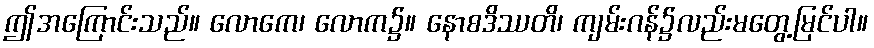
ဤအကြောင်းသည်။ လောကေ၊ လောက၌။ နောစဒိဿတိ၊ ကျမ်းဂန်၌လည်းမတွေ့မြင်ပါ။